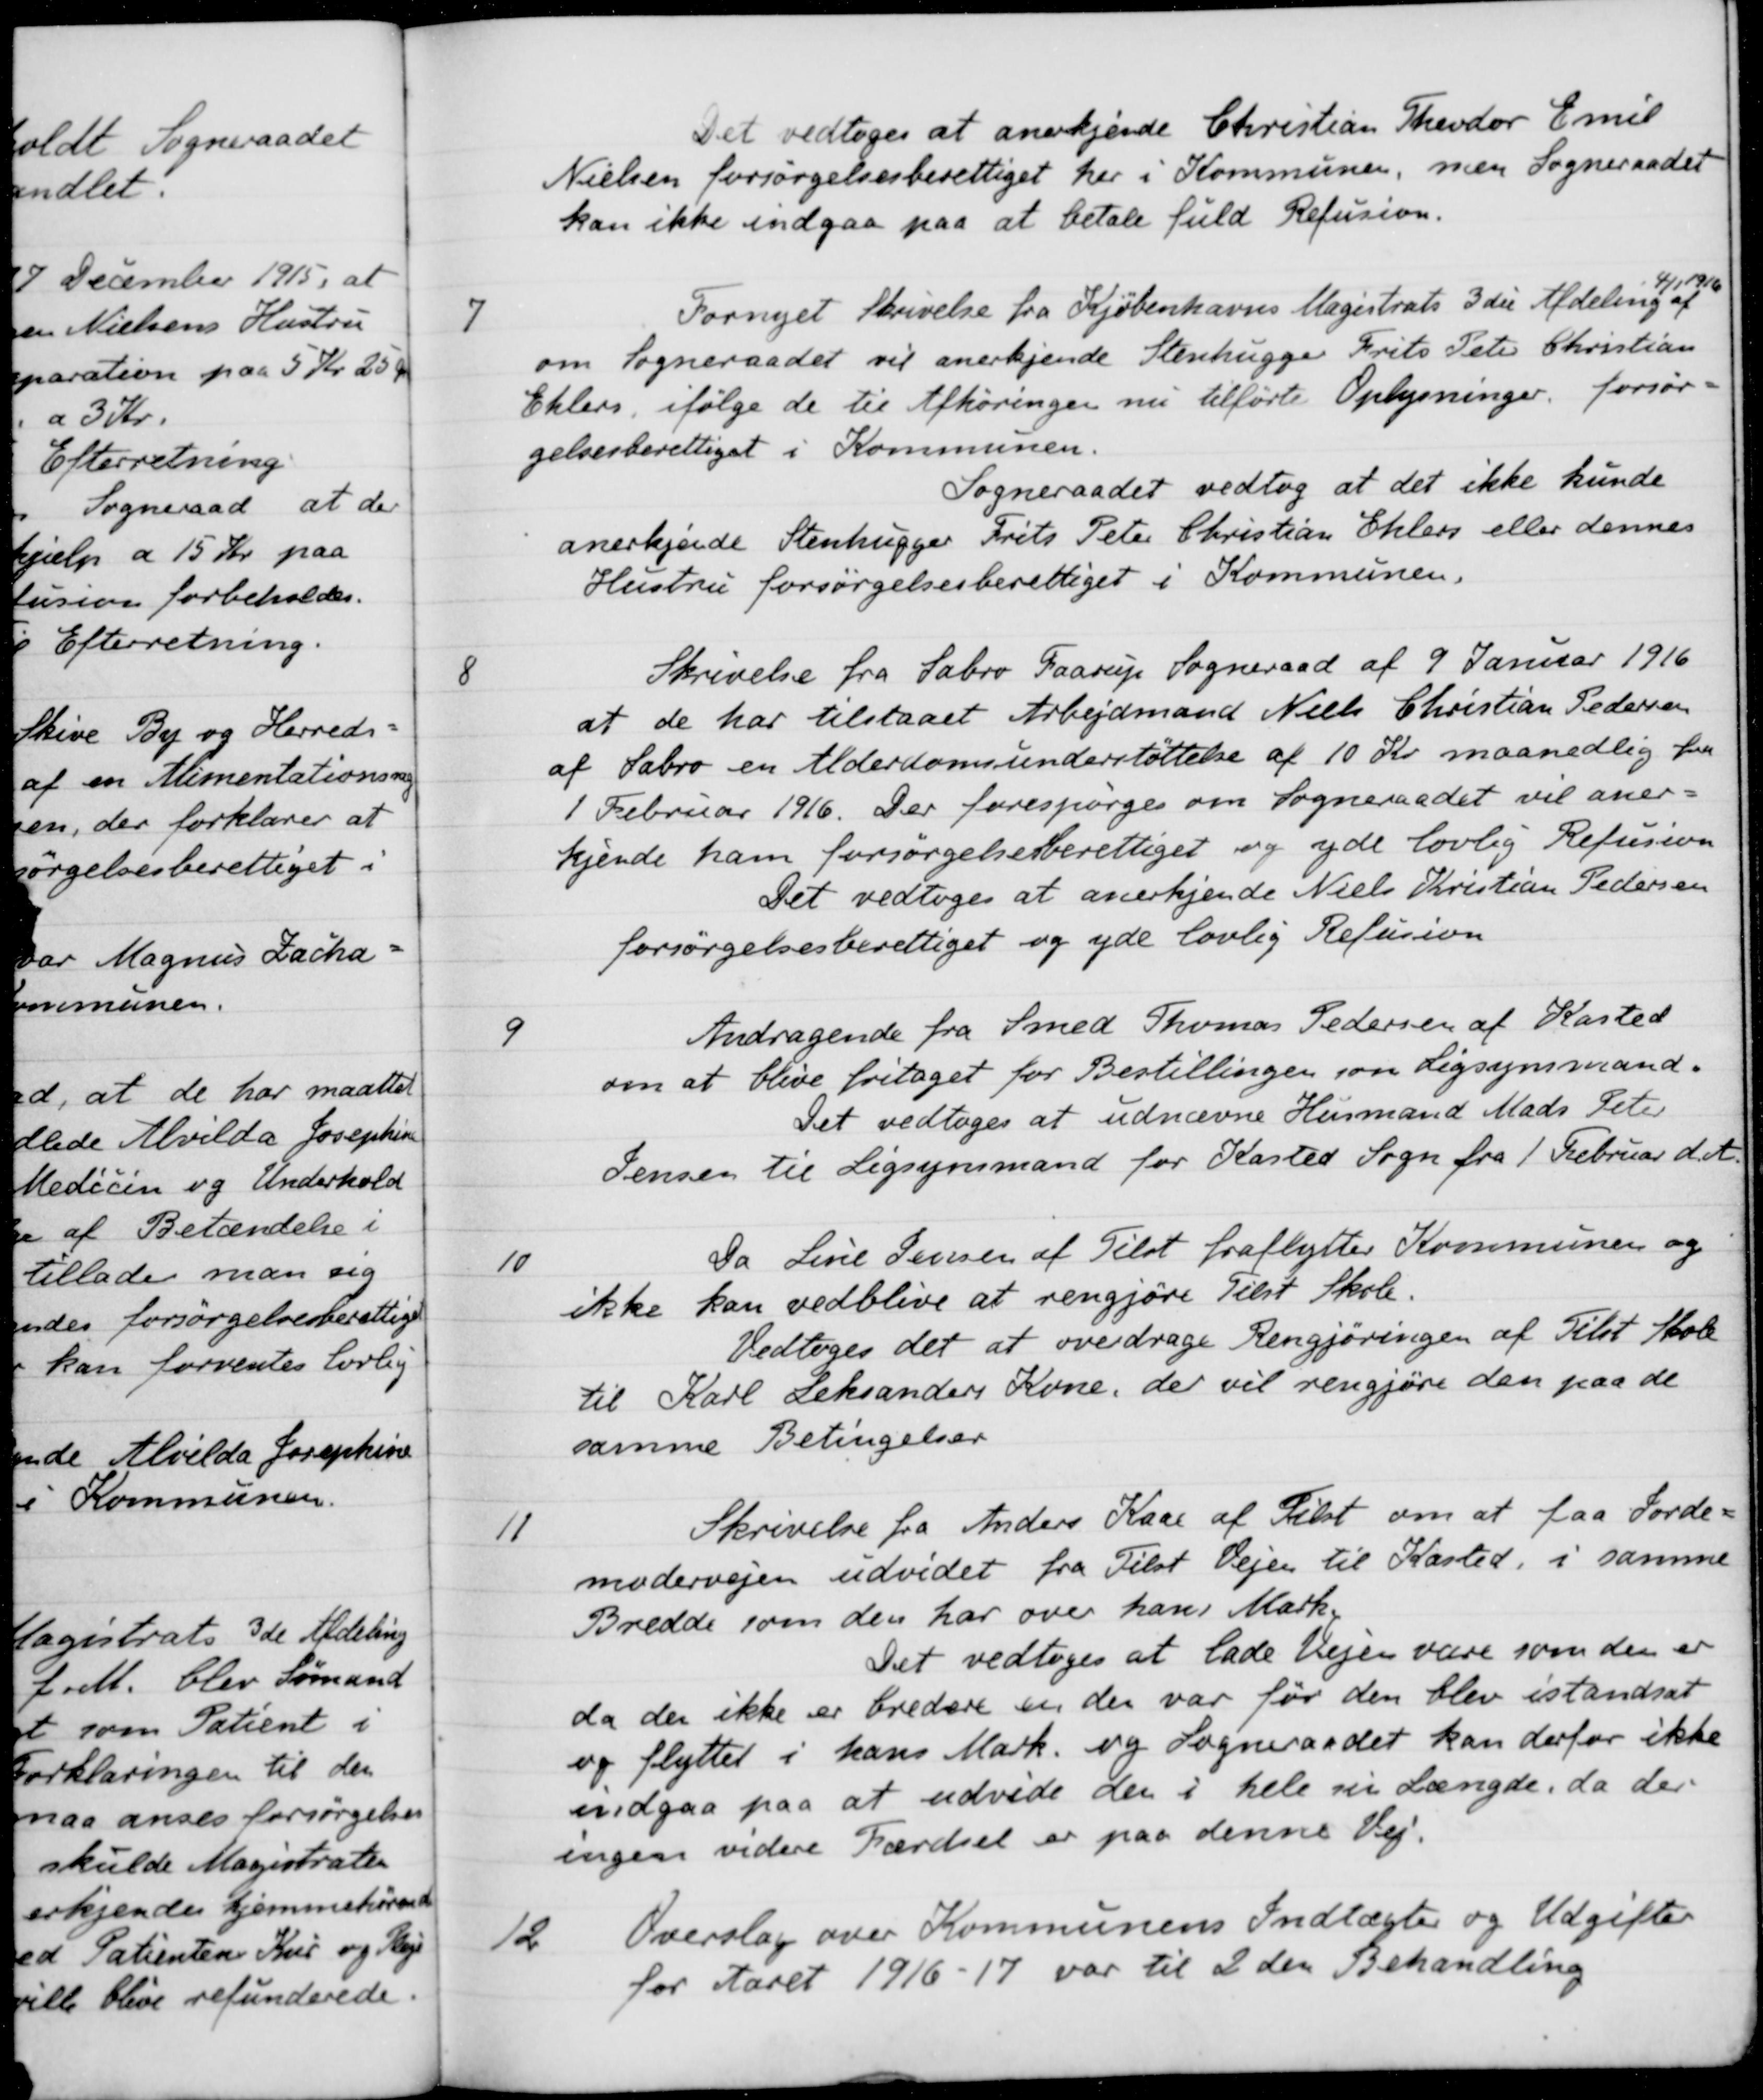
Transskription:
Det vedtoges at anerkjende Christian Theodor Emil
Nielsen forsørgelsesberettiget her i Kommunen, men Sogneraadet
kan ikke indgaa paa at betale fuld Refusion.
7
Fornyet Skrivelse fra Kjöbenhavns Magistrats 3die Afdeling af
4/1 1916
om Sogneraadet vil anerkjende Stenhugger Frits Peter Christian
Ehlers, ifølge de til Afhøringen nu tilførte Oplysninger, forsør-
gelsesberettiget i Kommunen.
Sogneraadet vedtog at det ikke kunde
anerkjende Stenhugger Frits Peter Christian Ehlers eller dennes
Hustru forsørgelsesberettiget i Kommunen.
8
Skrivelse fra Sabro Faarup Sogneraad af 9 Januar 1916
at de har tilstaaet Arbejdsmand Niels Christian Pedersen
af Sabro en Alderdomsunderstøttelse af 10 Kr. maanedlig fra
1 Februar 1916. Der forespørges om Sogneraadet vil aner-
kjende ham forsørgelsesberettiget og yde lovlig Refusion
Det vedtoges at anerkjende Niels Kristian Pedersen
forsørgelsesberettiget og yde lovlig Refusion
9
Andragende fra Smed Thomas Pedersen af Kasted
om at blive fritaget for Bestillingen som Ligsynsmand.
Det vedtoges at udnævne Husmand Mads Peter
Jensen til Ligsynsmand for Kasted Sogn fra 1 Februar d. A.
10
Da Line Jensen af Tilst fraflytter Kommunen og
ikke kan vedblive at rengjøre Tilst Skole.
Vedtoges det at overdrage Rengjøringen af Tilst Skole
til Karl Leksanders Kone, der vil rengjøre den paa de
samme Betingelser
11
Skrivelse fra Anders Kaae af Tilst om at faa Jorde-
modervejen udvidet fra Tilst Vejen til Kasted, i samme
Bredde som den har over hans Mark,
Det vedtoges at lade Vejen være som den er
da den ikke er bredere en den var før den blev istandsat
og flytter i hans Mark. og Sogneraadet kan derfor ikke
indgaa paa at udvide den i hele sin Længde, da der
ingen videre Færdsel er paa denne Vej.
12
Overslag over Kommunens Indtægter og Udgifter
for Aaret 1916-17 var til 2 den Behandling